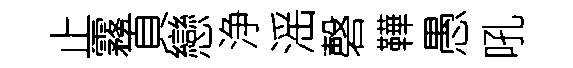
止霧頁戀浄滛磬鞾愚吼